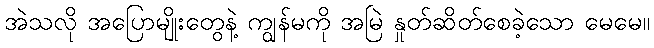
အဲသလို အပြောမျိုးတွေနဲ့ ကျွန်မကို အမြဲ နှုတ်ဆိတ်စေခဲ့သော မေမေ။